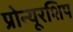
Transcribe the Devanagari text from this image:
प्रोन्‍यूरशिप